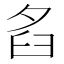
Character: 𦥜